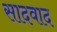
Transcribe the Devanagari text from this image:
सादवाद